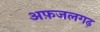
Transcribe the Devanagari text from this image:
अफ़जलगढ़